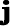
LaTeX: \pmb{\mathbf{j}}